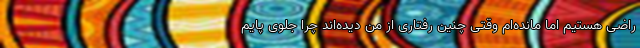
راضی هستیم اما مانده‌ام وقتی چنین رفتاری از من دیده‌اند چرا جلوی پایم